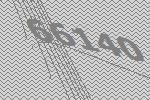
66140